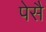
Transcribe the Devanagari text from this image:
पेसै